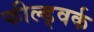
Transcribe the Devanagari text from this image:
फील्ड्वर्क